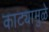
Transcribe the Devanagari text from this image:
काट्यामुळे